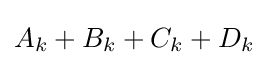
{\textstyle A_{k}+B_{k}+C_{k}+D_{k}}